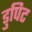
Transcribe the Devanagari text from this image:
डुपिट